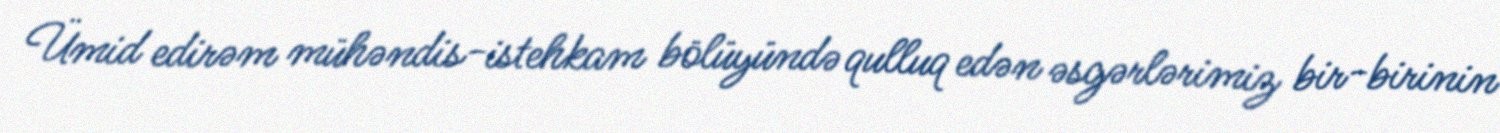
Ümid edirəm mühəndis-istehkam bölüyündə qulluq edən əsgərlərimiz bir-birinin